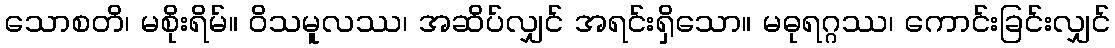
သောစတိ၊ မစိုးရိမ်။ ဝိသမူလဿ၊ အဆိပ်လျှင် အရင်းရှိသော။ မဓုရဂ္ဂဿ၊ ကောင်းခြင်းလျှင်